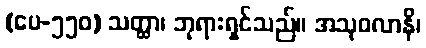
(ပေ-၅၅၀) သတ္ထာ၊ ဘုရားရှင်သည်။ အသုဝလာနိ၊